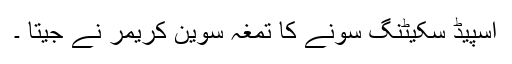
اسپیڈ سکیٹنگ سونے کا تمغہ سوین کریمر نے جیتا ۔